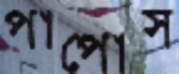
পাপোস